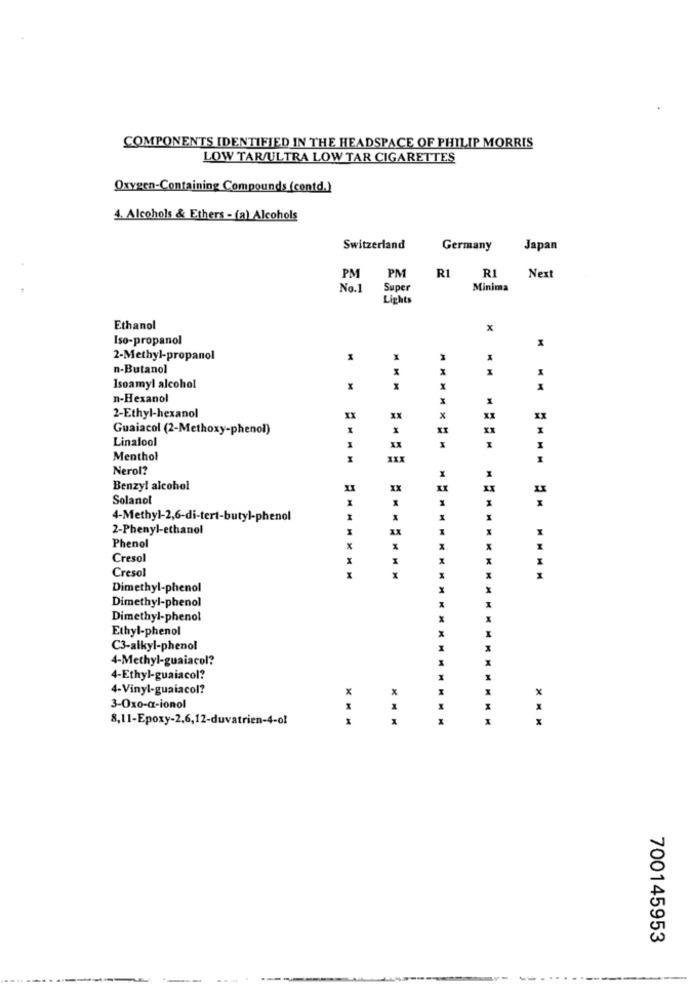
COMPONENTS IDENTIFIED IN THE HEADSPACE OF PHILIP MORRIS
LOW TAR/ULTRA LOW TAR CIGARETTES
Oxygen-Containing Compounds (contd.)
4. Alcohols & Ethers - (a) Alcohols
Switzerland
Germany
Japan
R1
PM
PM
RI Next
No.1
Super
Minima
Lights
Ethanol
x
Iso-propanol
2-Methyl-propanol
n-Butanol
X
Isoamyl alcohol
M
X
X
n-Hexanol
2-Ethyl-hexanol
xx
xx
Guaiacol (2-Methoxy-phenol)
Linalool
XX
Menthol
Nerol?
Benzyl alcohol
IX
Solanol
X
I
4-Methyl-2,6-di-tert-butyl-phenol
X
X
2-Phenyl-ethanol
M
X
Phenol
H
X
Cresol
X
X
Cresol
x
-MAMXHH
x
X
Dimethyl-phenol
M
Dimethyl-phenol
Dimethyl-phenol
Ethyl-phenol
C3-alkyl-phenol
4-Methyl-guaiacol?
4-Ethyl-guaiacol?
4-Vinyl-guaiacol?
x
3-0x0-a-ionol
x
M
8,11-Epoxy-2,6,12-duvatrien-4-ol
MMM
700145953